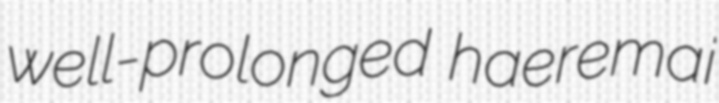
well-prolonged haeremai